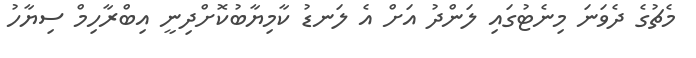
މެޗުގެ ދެވަނަ މިނެޓުގައި ލަންދު އަށް އެ ލަނޑު ކާމިޔާބުކޮށްދިނީ އިބްރާހިމް ސިޔާހު